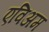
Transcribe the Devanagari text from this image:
एविअम